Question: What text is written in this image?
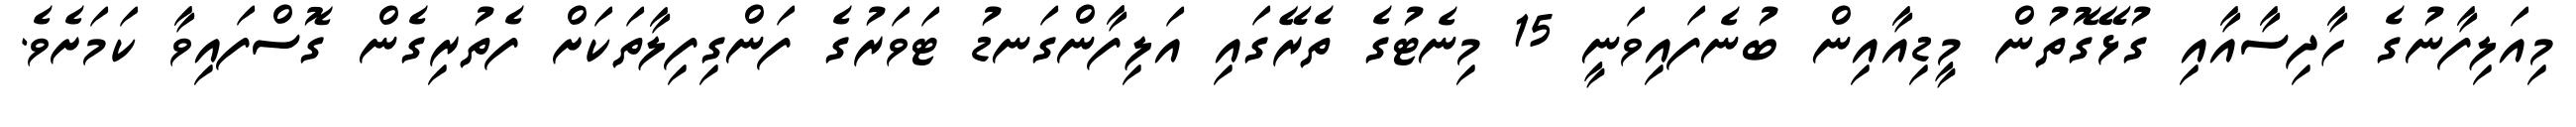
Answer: މިއަލިފާނުގެ ހާދިސާއާއި ގުޅޭގޮތުން މީޑިއާއިން ބުނެފައިވަނީ 15 މިނެޓުގެ ތެރޭގައި އަލިފާންގަނޑު ޓަވަރުގެ ފަންގިފިލާތަކަށް ފެތުރިގެން ގޮސްފައިވާ ކަމަށެވެ.